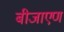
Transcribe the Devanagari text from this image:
बीजाएण